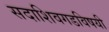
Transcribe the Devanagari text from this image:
सदाशिवगडविषयी